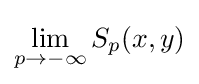
\lim _{p\to -\infty }S_{p}(x,y)